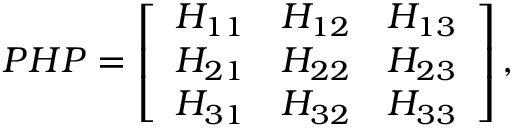
P H P = \left[ \begin{array} { r r r } { { H _ { 1 1 } } } & { { H _ { 1 2 } } } & { { H _ { 1 3 } } } \\ { { H _ { 2 1 } } } & { { H _ { 2 2 } } } & { { H _ { 2 3 } } } \\ { { H _ { 3 1 } } } & { { H _ { 3 2 } } } & { { H _ { 3 3 } } } \end{array} \right] ,